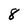
Character: 8